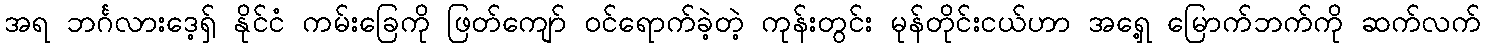
အရ ဘင်္ဂလားဒေ့ရှ် နိုင်ငံ ကမ်းခြေကို ဖြတ်ကျော် ၀င်ရောက်ခဲ့တဲ့ ကုန်းတွင်း မုန်တိုင်းငယ်ဟာ အရှေ့ မြောက်ဘက်ကို ဆက်လက်